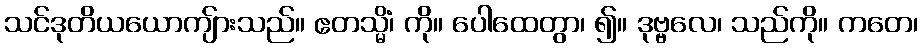
သင်ဒုတိယယောကျ်ားသည်။ ဧတသ္မိံ၊ ကို။ ပေါထေတွာ၊ ၍။ ဒုဗ္ဗလေ၊ သည်ကို။ ကတေ၊